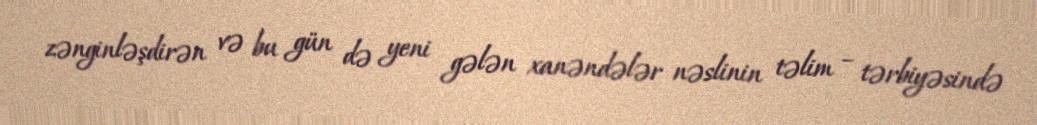
zənginləşdirən və bu gün də yeni gələn xanəndələr nəslinin təlim – tərbiyəsində